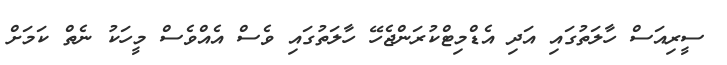
ސީރިއަސް ހާލަތުގައި އަދި އެޑްމިޓްކުރަންޖެހޭ ހާލަތުގައި ވެސް އެއްވެސް މީހަކު ނެތް ކަމަށް